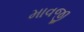
માવજી